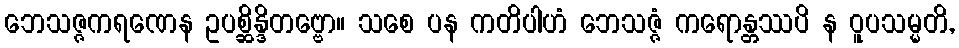
ဘေသဇ္ဇကရဏေန ဥပစ္ဆိန္ဒိတဗ္ဗော။ သစေ ပန ကတိပါဟံ ဘေသဇ္ဇံ ကရောန္တဿပိ န ဝူပသမ္မတိ,